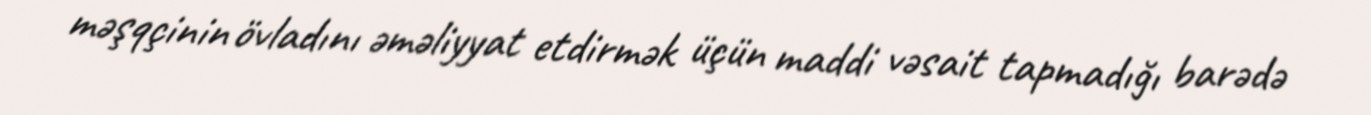
məşqçinin övladını əməliyyat etdirmək üçün maddi vəsait tapmadığı barədə